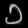
Digit: ၁